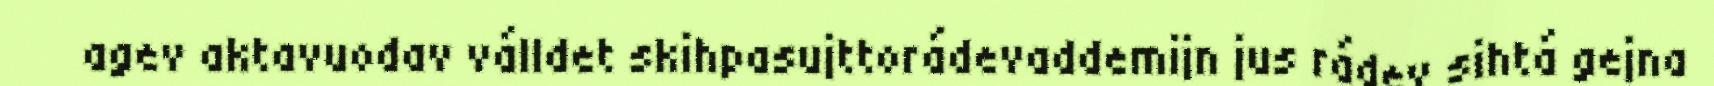
agev aktavuodav válldet skihpasujttorádevaddemijn jus rádev sihtá gejna